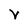
Character: V